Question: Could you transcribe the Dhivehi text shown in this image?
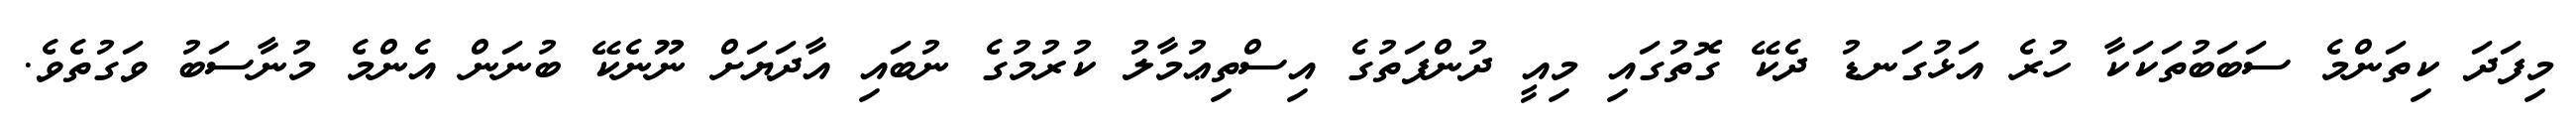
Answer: މިފަދަ ކިތަންމެ ސަބަބުތަކަކާ ހުރެ އަޅުގަނޑު ދެކޭ ގޮތުގައި މިއީ ދުންފަތުގެ އިސްތިޢުމާލު ކުރުމުގެ ނުބައި އާދަޔަށް ނޫނެކޭ ބުނަން އެންމެ މުނާސަބު ވަގުތެވެ.